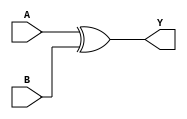
module XOR2 (
	input A, B,
	output Y
);
	assign Y = A ^ B;
endmodule